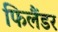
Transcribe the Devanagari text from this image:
फिलैंडर